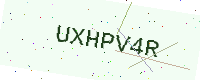
Text: UXHPV4R